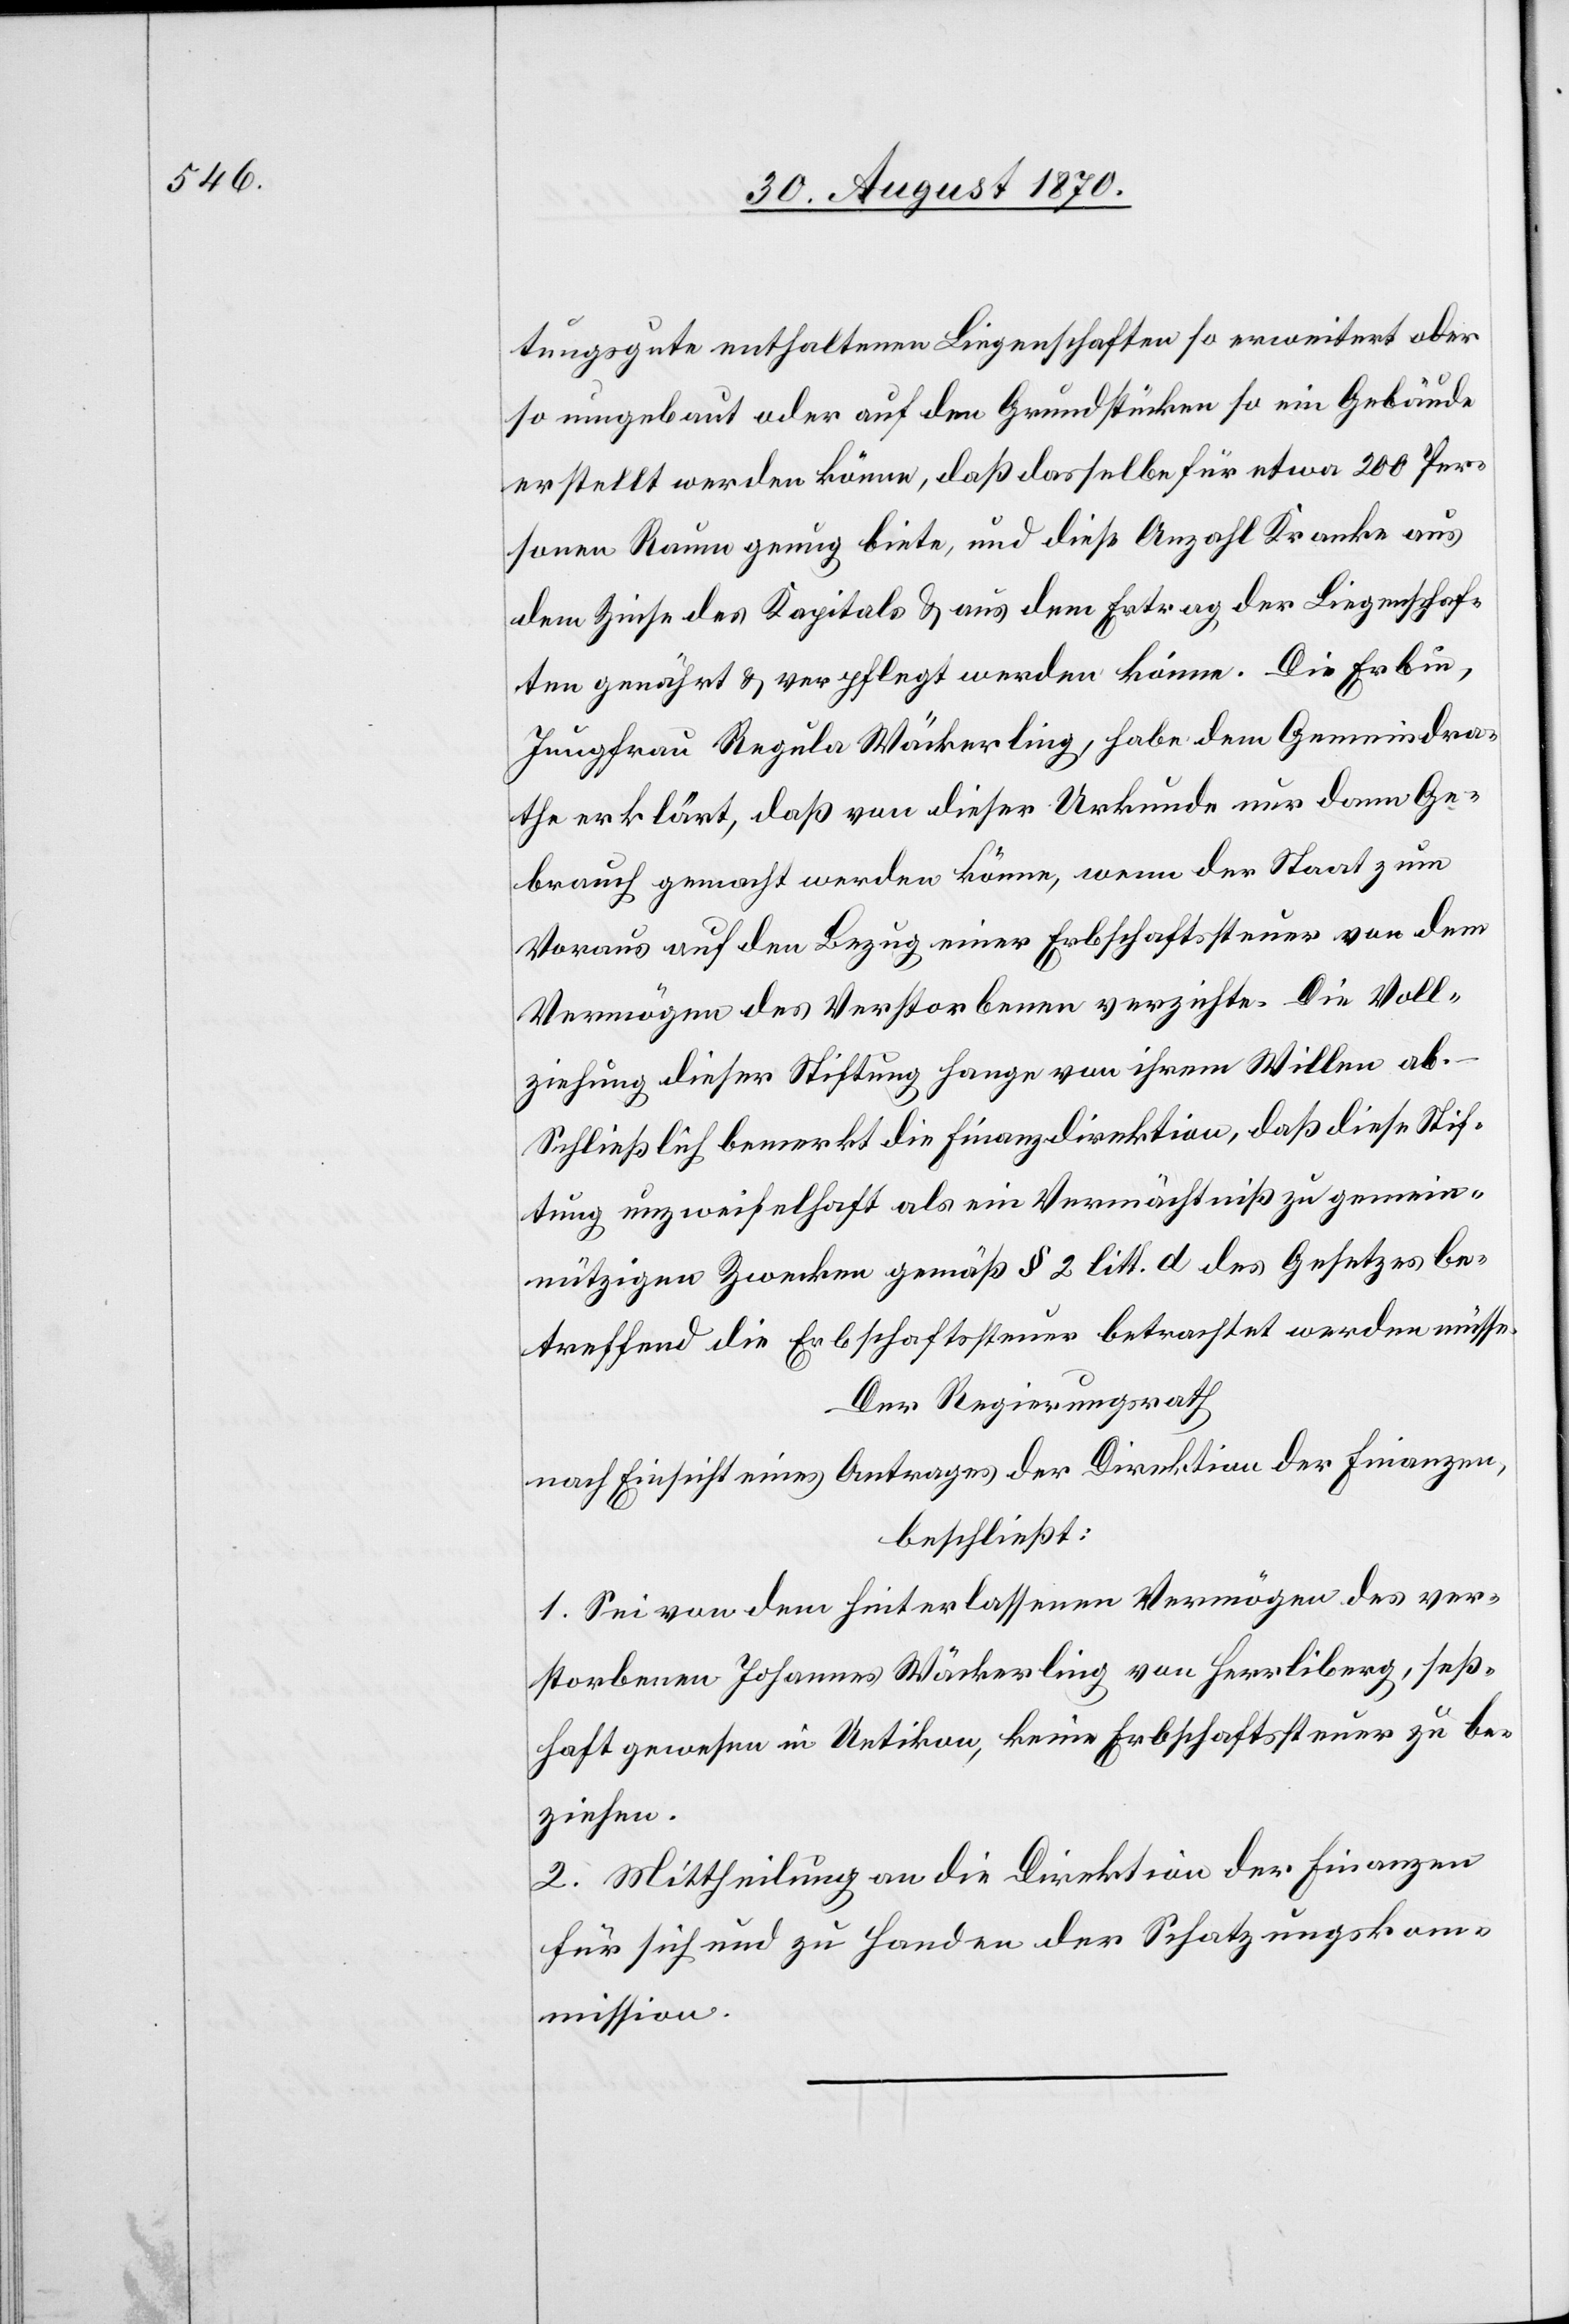
tungsurkunde enthaltenen Liegenschaften so erweitert oder
so umgebaut oder auf den Grundstücken so ein Gebäude
erstellt werden könne, daß dasselbe für etwa 200 Per¬
sonen Raum genug biete, und diese Anzahl Kranke aus
dem Zinse des Kapitals & aus dem Ertrag der Liegenschaf¬
ten genährt & verpflegt werden könne. Die Erbin,
Jungfrau Regula Wäckerling, habe dem Gemeindrä¬
the erklärt, daß von dieser Urkunde nur dann Ge¬
braucht gemacht werden könne, wenn der Staat zum
Voraus auf den Bezug einer Erbschaftssteuer von dem
Vermögen des Verstorbenen verzichte. Die Voll¬
ziehung dieser Stiftung hange von ihrem Willen ab.
Schließlich bemerkt die Finanzdirektion, daß diese Stif¬
tung unzweifelhaft als ein Vermächtniß zu gemein¬
nützigen Zwecken gemäß § 2 litt. d des Gesetzes be¬
treffend die Erbschaftssteuer betrachtet werden müsse.
Der Regierungsrath
nach Einsicht eines Antrages der Direktion der Finanzen,
beschließt:
1. Sei von dem hinterlassenen Vermögen des ver¬
storbenen Johannes Wäckerling von Herrliberg, seß¬
haft gewesen in Uetikon, keine Erbschaftssteuer zu be¬
ziehen.
2. Mittheilung an die Direktion der Finanzen
für sich und zu Handen der Schatzungskom¬
mission.